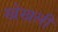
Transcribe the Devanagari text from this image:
खेखली